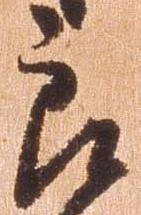
郎